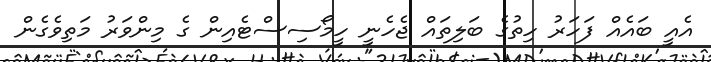
އެއީ ބައެއް ފަހަރު ހިތުގެ ބަލިތައް ޖެހެނީ ހީމޯސިސްޓެއިން ގެ މިންވަރު މަތިވެގެން